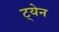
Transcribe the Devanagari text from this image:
ट्येन